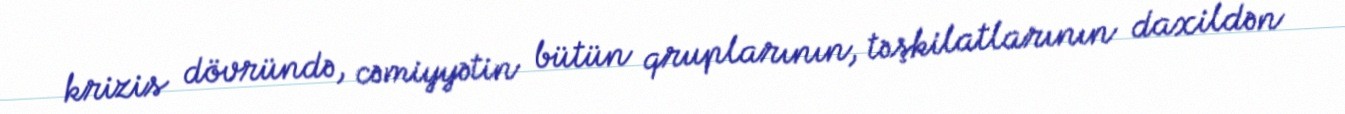
krizis dövründə, cəmiyyətin bütün qruplarının, təşkilatlarının daxildən